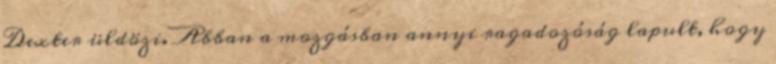
Dexter üldözi. Abban a mozgásban annyi ragadozóság lapult, hogy